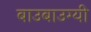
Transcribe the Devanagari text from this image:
बाउबाउग्यी